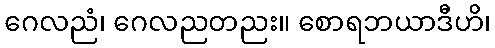
ဂေလညံ၊ ဂေလညတညး။ စောရဘယာဒီဟိ၊